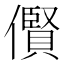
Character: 𫣴